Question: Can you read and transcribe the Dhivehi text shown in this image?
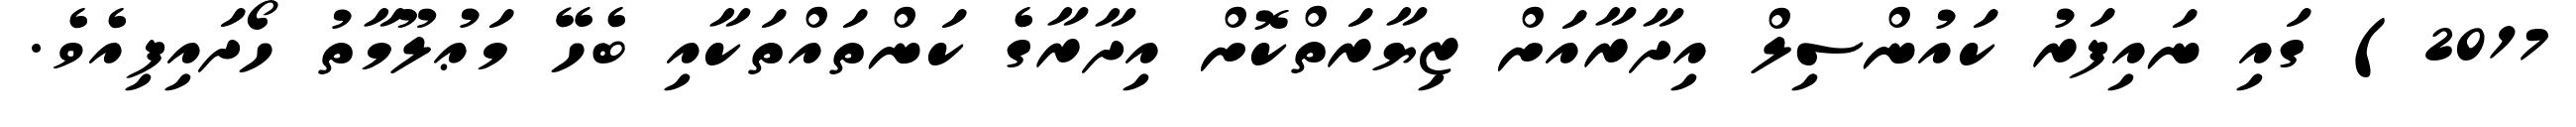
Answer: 2017) ގައި ނައިފަރު ކައުންސިލް އިދާރާއަށް ޒިޔާރަތްކޮށް އިދާރާގެ ކަންތައްތަކާއި ބެހޭ މަޢުލޫމާތު ހޯދައިފިއެވެ.